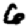
Digit: 6